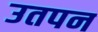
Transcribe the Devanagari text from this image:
उतपन